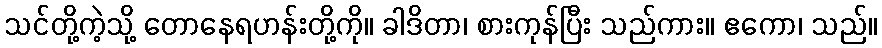
သင်တို့ကဲ့သို့ တောနေရဟန်းတို့ကို။ ခါဒိတာ၊ စားကုန်ပြီး သည်ကား။ ဧကော၊ သည်။